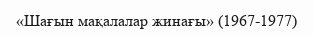
«Шағын мақалалар жинағы» (1967-1977)